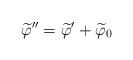
LaTeX: \begin{align*}\widetilde{\varphi}'' = \widetilde{\varphi}' + \widetilde{\varphi}_0\end{align*}